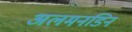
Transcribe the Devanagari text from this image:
अलमनडिन